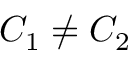
C _ { 1 } \neq C _ { 2 }